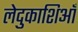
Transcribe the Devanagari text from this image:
लेदुकाशिआँ